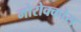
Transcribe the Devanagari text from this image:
मोरोक्कोस